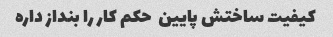
کیفیت ساختش پایین  حکم کار را بنداز داره